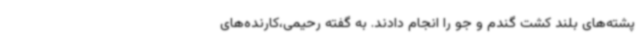
پشته‌های بلند کشت گندم و جو را انجام دادند. به گفته رحیمی،کارنده‌های